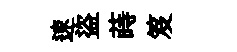
速盜蒔笈